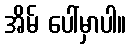
အိမ် ပေါ်မှာပါ။